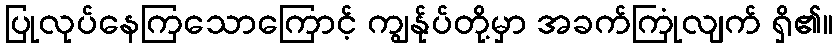
ပြုလုပ်နေကြသောကြောင့် ကျွန်ုပ်တို့မှာ အခက်ကြုံလျက် ရှိ၏။